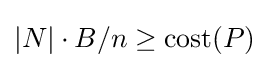
|N|\cdot B/n\geq {\text{cost}}(P)